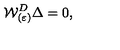
{ \cal W } _ { ( \varepsilon ) } ^ { D } \Delta = 0 ,